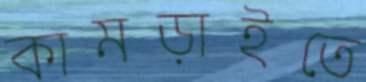
কামড়াইতে